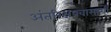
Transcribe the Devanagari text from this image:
अंतरिक्षप्रवासाशी